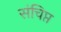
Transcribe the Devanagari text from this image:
संचिप्त